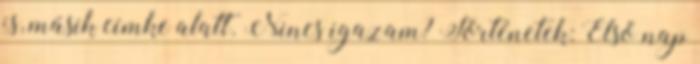
is, másik címke alatt. Nincs igazam? Történetek: Első nap